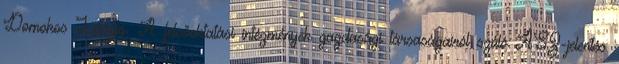
Domokos László. A felsőoktatási intézmények gazdasági társaságairól szóló ÁSZ-jelentés